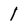
Character: 1